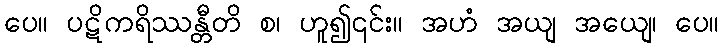
ပေ။ ပဋိကရိဿန္တီတိ စ၊ ဟူ၍၎င်း။ အဟံ အယျ အယျေ၊ ပေ။